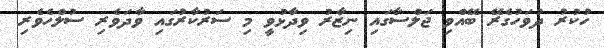
ހުކުރު ދުވަހުގެރޭ ބޭއްވި ޖަލްސާގައި ނިޒާރު ވިދާޅުވީ މި ސަރުކާރުގައި ވާދަވެރި ސުލްހެވެރި